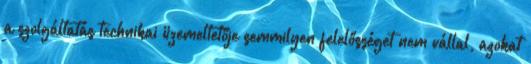
a szolgáltatás technikai üzemeltetője semmilyen felelősséget nem vállal, azokat